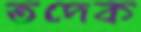
তদেক